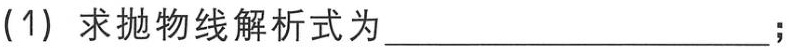
(1) 求抛物线解析式为____________________;